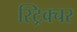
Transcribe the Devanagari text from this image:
स्ट्रिक्चर